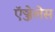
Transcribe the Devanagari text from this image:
ऍञ्जेलेस